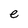
Character: e